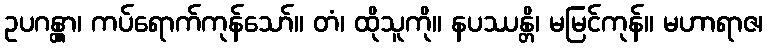
ဥပဂန္တွာ၊ ကပ်ရောက်ကုန်သော်။ တံ၊ ထိုသူကို။ နပဿန္တိ၊ မမြင်ကုန်။ မဟာရာဇ၊